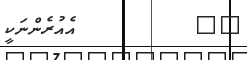
٤٩         އެއުރެންނަކީ